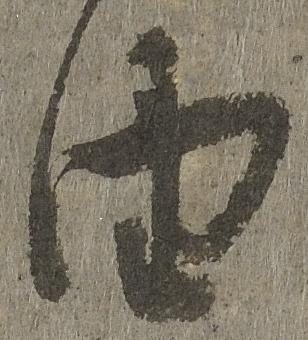
由